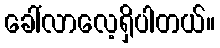
ခေါ်လာလေ့ရှိပါတယ်။